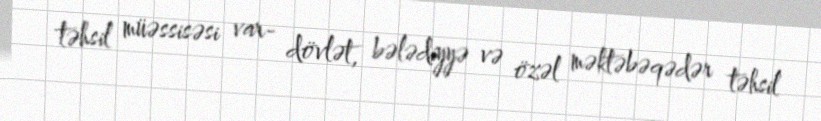
təhsil müəssisəsi var- dövlət, bələdiyyə və özəl məktəbəqədər təhsil